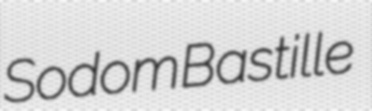
Sodom Bastille